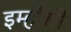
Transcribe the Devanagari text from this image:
इम्हौसी